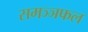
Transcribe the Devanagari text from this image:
समञ्ञफल